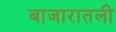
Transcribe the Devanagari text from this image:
बाजारातली